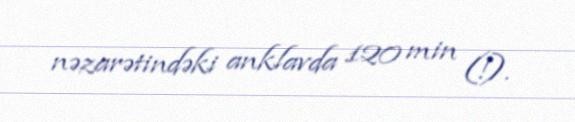
nəzarətindəki anklavda 120 min (!).